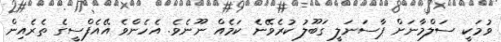
ވުމަކީ ސަލްމާނަށް ޕާސަނަލީ ގަބޫލު ކުރެވޭނެ ކަމެއް ނޫނެވެ. އެހެންވެ އޭއެފްސީގެ ތެރެއިން